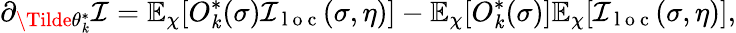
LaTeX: \partial_{\Tilde{\theta}_{\mathit{k}}^{*}}\mathcal{{I}}=\mathbb{{E}}_{\chi}[O_{\mathit{k}}^{*}(\sigma)\mathcal{{I}}_{\mathrm{{~l~o~c~}}}(\sigma,\eta)]-\mathbb{{E}}_{\chi}[O_{\mathit{k}}^{*}(\sigma)]\mathbb{{E}}_{\chi}[\mathcal{{I}}_{\mathrm{{~l~o~c~}}}(\sigma,\eta)],